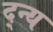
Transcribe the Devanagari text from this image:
द्न्य